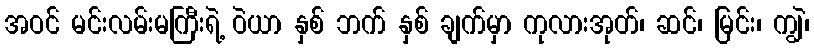
အဝင် မင်းလမ်းမကြီးရဲ့ ဝဲယာ နှစ် ဘက် နှစ် ချက်မှာ ကုလားအုတ်၊ ဆင်၊ မြင်း၊ ကျွဲ၊